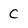
Character: c